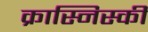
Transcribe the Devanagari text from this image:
क्रास्निस्की